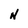
Character: N